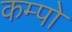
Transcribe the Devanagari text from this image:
कम्पो